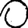
Digit: 0